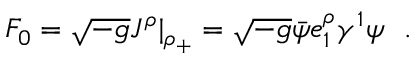
{ \cal F } _ { 0 } = { \sqrt { - g } } J ^ { \rho } | _ { \rho _ { + } } = { \sqrt { - g } } { \bar { \psi } } e _ { 1 } ^ { \rho } \gamma ^ { 1 } \psi ~ ~ .